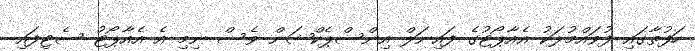
ހަފުތާގައި ފުވައްމުލަކު އެއާޕޯޓުގެ ފައިނަލް އިންސްޕެކްޝަން ވެސް ނިމި އެ އެއާޕޯޓު ސެޓިފައި